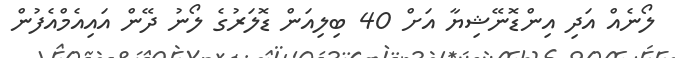
ލޯނެއް އަދި އިންޑޮނޭޝިޔާ އަށް 40 ބިލިއަން ޑޮލަރުގެ ލޯނު ދޭން އައިއެމްއެފުން